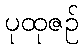
ပုထုဇဉ်